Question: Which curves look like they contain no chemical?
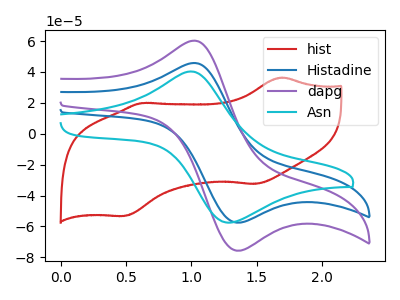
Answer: <think>The red curve "hist" has anodic peaks at (1.70V, 36.40uA) (0.60V, 19.90uA) and cathodic peaks at (1.50V, -32.50uA) (0.50V, -53.30uA). The blue curve "Histadine" has an anodic peak at (1.00V, 45.75uA) and a cathodic peak at (1.35V, -57.50uA). The purple curve "dapg" has an anodic peak at (1.00V, 60.20uA) and a cathodic peak at (1.35V, -75.65uA). The cyan curve "Asn" has an anodic peak at (1.00V, 40.30uA) and a cathodic peak at (1.30V, -57.45uA).</think>
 <answer>There are not any CV's on this graph that are likely to be blanks.</answer>
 <eval>none</eval>